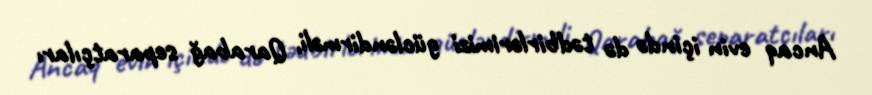
Ancaq evin içində də tədbirlərimizi gücləndirməli, Qarabağ separatçıları